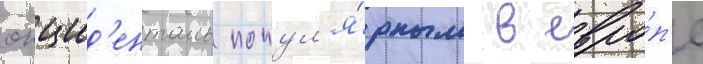
окцид'енталь попул'я́рным в евро́п'е